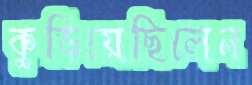
কুড়িয়েছিলেন